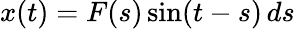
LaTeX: x(t)=F(s)\sin(t-s)\, ds